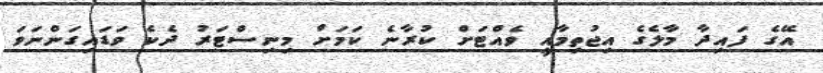
އޭގެ ފައިދާ މާލެގެ އިޖުތިމާއީ ވެއްޓަށް ކުރާނެ ކަމަށް މިނިސްޓަރު ދެކެ ވަޑައިގަންނަވަ